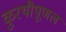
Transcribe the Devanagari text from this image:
कुरथीपूणल